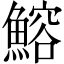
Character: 鰫